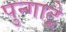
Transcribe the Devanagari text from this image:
पुन्गाट्रे